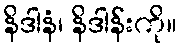
နိဒါနံ၊ နိဒါန်းကို။